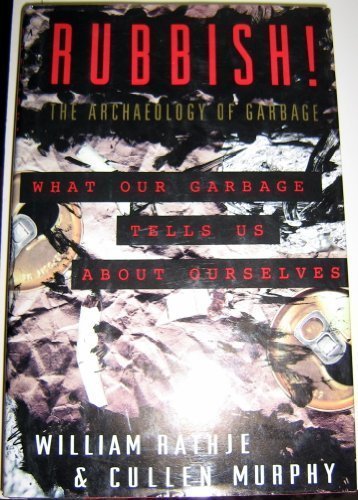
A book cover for Rubbish!: The Archaeology of Garbage; William L. Rathje; Science & Math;